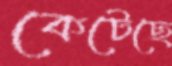
কেটেছে